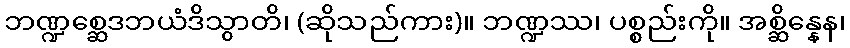
ဘဏ္ဍစ္ဆေဒဘယံဒိသွာတိ၊ (ဆိုသည်ကား)။ ဘဏ္ဍဿ၊ ပစ္စည်းကို။ အစ္ဆိန္နေန၊